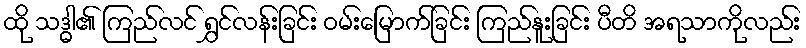
ထို သဒ္ဓါ၏ ကြည်လင် ရွှင်လန်းခြင်း ဝမ်းမြောက်ခြင်း ကြည်နူးခြင်း ပီတိ အရသာကိုလည်း